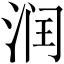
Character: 润